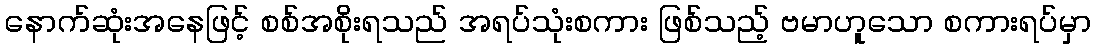
နောက်ဆုံးအနေဖြင့် စစ်အစိုးရသည် အရပ်သုံးစကား ဖြစ်သည့် ဗမာဟူသော စကားရပ်မှာ